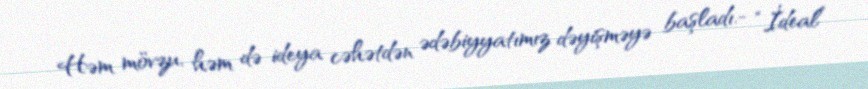
Həm mövzu, həm də ideya cəhətdən ədəbiyyatımız dəyişməyə başladı.- “İdeal”